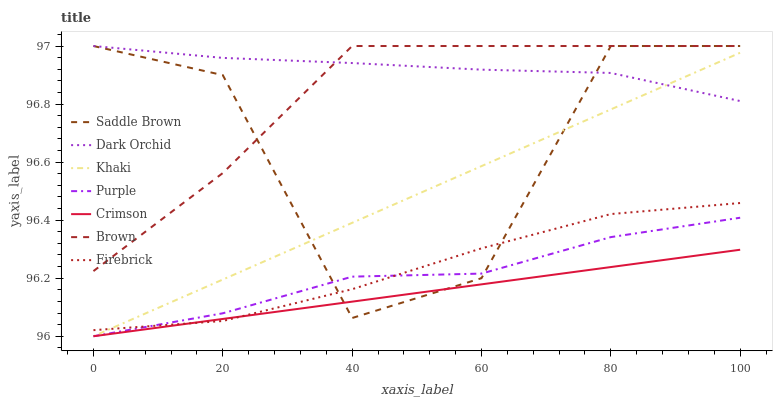
| xaxis_label | Saddle Brown | Dark Orchid | Khaki | Purple | Crimson | Brown | Firebrick |
 | --- | --- | --- | --- | --- | --- | --- | --- |
 | 0 | 97 | 97 | 96 | 96 | 96 | 96.2 | 96 |
 | 20 | 96.9 | 97 | 96.2 | 96.1 | 96.1 | 96.6 | 96.1 |
 | 40 | 96.1 | 96.9 | 96.4 | 96.2 | 96.1 | 97 | 96.2 |
 | 60 | 96.2 | 96.9 | 96.6 | 96.2 | 96.2 | 97 | 96.3 |
 | 80 | 97 | 96.9 | 96.8 | 96.3 | 96.2 | 97 | 96.4 |
 | 100 | 97 | 96.8 | 97 | 96.4 | 96.3 | 97 | 96.5 |